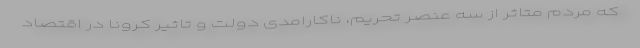
که مردم متاثر از سه عنصر تحریم، ناکارامدی دولت و تاثیر کرونا در اقتصاد